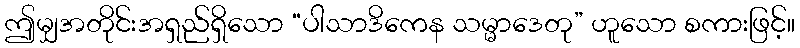
ဤမျှအတိုင်းအရှည်ရှိသော “ပါသာဒိကေန သမ္မာဒေတု” ဟူသော စကားဖြင့်။